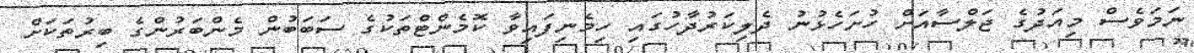
ނަމަވެސް މިއަދުގެ ޖަލްސާއަށް ހުށަހެޅުނު ދެލިކަރުދާހުގައި ހިމެނިފައިވާ ކޮމެންޓްތަކުގެ ސަބަބުން މެންބަރުންގެ ބިރުތަކަށް